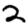
Digit: 2